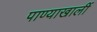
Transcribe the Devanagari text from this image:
पाण्याखालीं